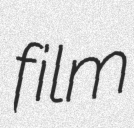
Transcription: film